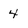
Character: 4